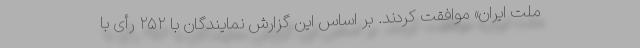
ملت ایران» موافقت کردند. بر اساس این گزارش نمایندگان با ۲۵۲ رأی با